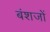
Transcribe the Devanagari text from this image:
बंशजों